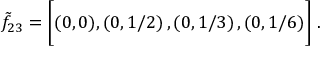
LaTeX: \tilde { f } _ { 2 3 } = \biggl [ ( 0 , 0 ) , \left( 0 , 1 / 2 \right) , \left( 0 , 1 / 3 \right) , \left( 0 , 1 / 6 \right) \biggr ] \; .